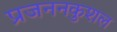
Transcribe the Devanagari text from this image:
प्रजननकुशल